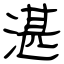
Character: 湛